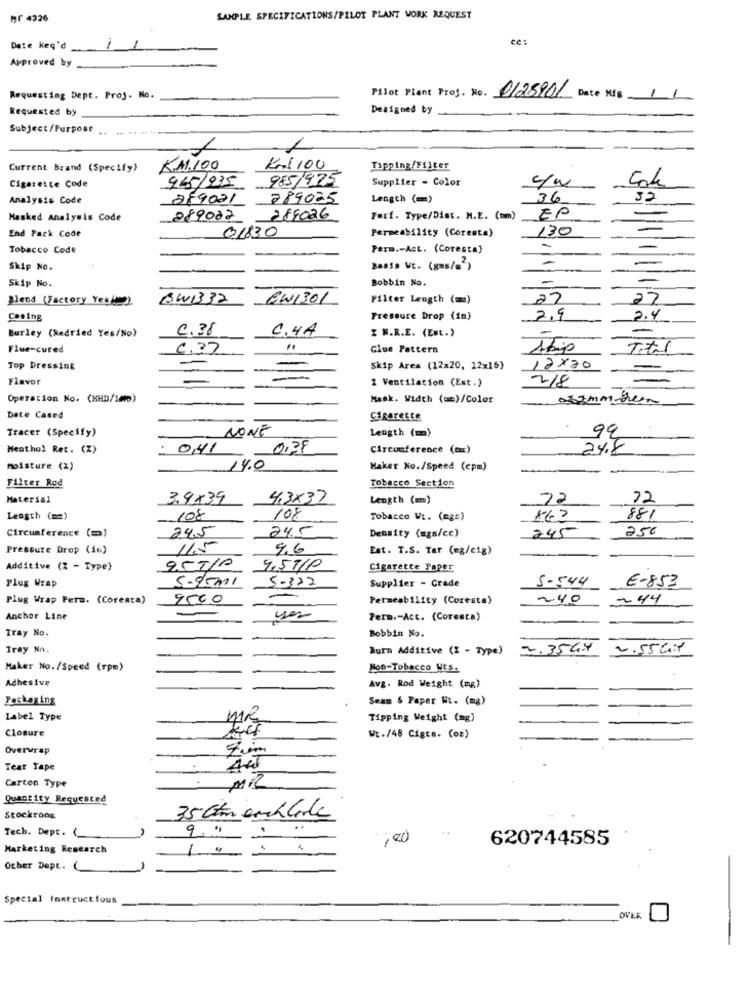
Br 4326
SAMPLE SPECIFICATIONS/PILOT PLANT WORK REQUEST
ce :
Date Heq'd
1
1
Approved by
Requesting Dept. Proj. No.
Pilot Plant Proj. No. 0125901 Date KIS
Requested by
Designed by
Subject/Purpose
Current Brand (Specify)
K.1.100
Kl100
Tipping/Filter
985/975
Supplier - Color
c/w
Cigarette Code
965/935
Analysis Code
289021
289025
Length (=)
36
32
Masked Analysis Code
289022
289026
Forf. Type/Dist. N.E. (mm)
EP
01830
Permeability (Coresta)
130
End Pack Code
Tobacco Code
Perm .- Act. (Coresta)
-
-
Skip No.
Basis Vt. (gms/= )
Skip No.
Bobbin No.
-
Blend (Factory You/2)
BWB3 32
OWIBOL
Filter Length (=)
27
27
Casing
Pressure Drop (in)
2.9
2.4
Burley (Redried Yes/No)
0.38
6.4A
Z N.R.E. (Est.)
-
Flue-cured
0,37
".
Glue Pattern
Titel
Top Dressing
Skip Ares (12x20, 12x16)
12×20
Flavor
2 Ventilation (Est.)
2/8
Operation No. (XHD/10)
Mask. Width ( == )/Color
032mm-beim
Date Cased
Cigarette
Tracer (Specify)
NONE
Length (m)
99
Meathol Ret. (%)
041
0.38
Circumference (om)
24.8
Moisture (%)
14.0
Maker No./Speed (cpm)
Filter Rod
Tobacco Section
Material
3.9x39
4,3x37
Length (m)
72
72
Length ( == )
108
108
Tobacco Wt. (ngc)
862
881
Circumference (m)
24.5
24.5
245
250
Density (mgs/cc)
Pressure Drop (in)
115
9,6
Est. T.S. Tar (sg/cig)
957/0
Additive (2 - Type)
4,5710
Cigaretce Paper
Plug Wrap
5.95ml
5-322
Supplier - Grade
S-544
E-853
Plug Wrap Pers. (Coreata)
9500
Permeability (Coresta)
240
244
Anchor Line
Perm .- Act. (Coresta)
Tray No.
Bobbin No.
Tray No.
Burn Additive (Z - Type)
2.35 GM
2.55Gr
Maker No./Speed (rpm)
HOD-Tobacco Hts.
Adhesive
Avg. Rod Weight (mg)
Packaging
Seam & Paper Nt. (mg)
Label Type
MR
Tipping Weight (mg)
Closure
Wt./48 Cigts. (oz)
Overwrap
Tear Tape
Carton Type
Mil
Quantity Requested
Stockroog
35 Gtm archlike
Tech. Dept. (
100
620744585
Marketing Research
Other Dept. (
Special Instructfous
OVER